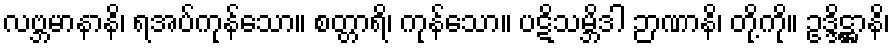
လဗ္ဘမာနာနိ၊ ရအပ်ကုန်သော။ စတ္တာရိ၊ ကုန်သော။ ပဋိသမ္ဘိဒါ ဉာဏာနိ၊ တို့ကို။ ဥဒ္ဒိဋ္ဌာနိ၊